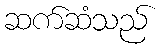
ဆက်ဆံသည်